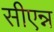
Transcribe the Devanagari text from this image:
सीएन्न